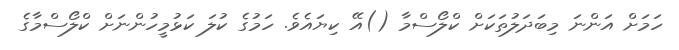
ހަމަށް އަންނަ މިބަދަލުތަކަށް ކްލޯސްމާ ()އޭ ކިޔައެވެ. ހަމުގެ ކުލަ ކަޅުމީހުންނަށް ކްލޯސްމާގެ